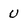
Character: u